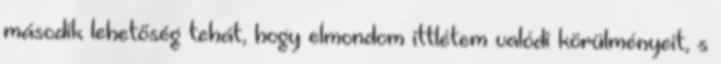
második lehetőség tehát, hogy elmondom ittlétem valódi körülményeit, s